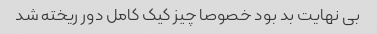
بی نهایت بد بود خصوصا چیز کیک کامل دور ریخته شد